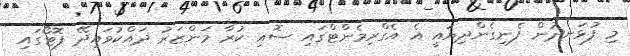
މި ފުޅަނދުން ފެނިގެންދިޔައީ އެ އެގްރިމެންޓްގައި ސޮއި ކުރާ މަންޒަރު ދައްކުވައިދޭ ފޮޓޯގައި